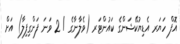
އޮފް ހަޔަރ އެޑިޔުކޭޝަންގެ ކައުންޓަރ (ވެލާނާގެ / 2 ވަނަ ފަންގިފިލާ) އަށް